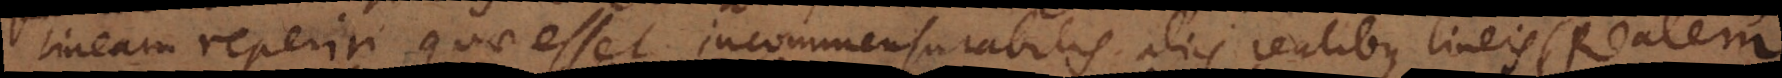
lineam reperiri, quae esset incommensurabilis aliis realibus lineis (Realem